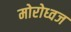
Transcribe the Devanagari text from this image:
मोरोध्‍वज